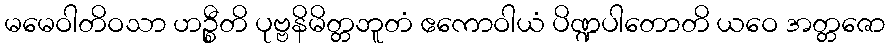
မမေဝါတိဝသာ ဟဉ္စီတိ ပုဗ္ဗနိမိတ္တဘူတံ ဧကောဝါယံ ပိဏ္ဍပါတောတိ ယဝေ အတ္တဇော